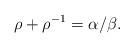
LaTeX: \begin{align*} \rho + \rho^{-1} = \alpha/\beta.\end{align*}